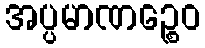
အပ္ပမာဏဉ္စေဝ